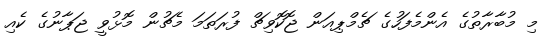
މި މުބާރާތުގެ އެންމެފަހުގެ ޗެމްޕިއަން ޖޮކޮވިޗް ފުރަތަމަ މެޗުން މޮޅުވީ ޖަޕާނުގެ ކެއި